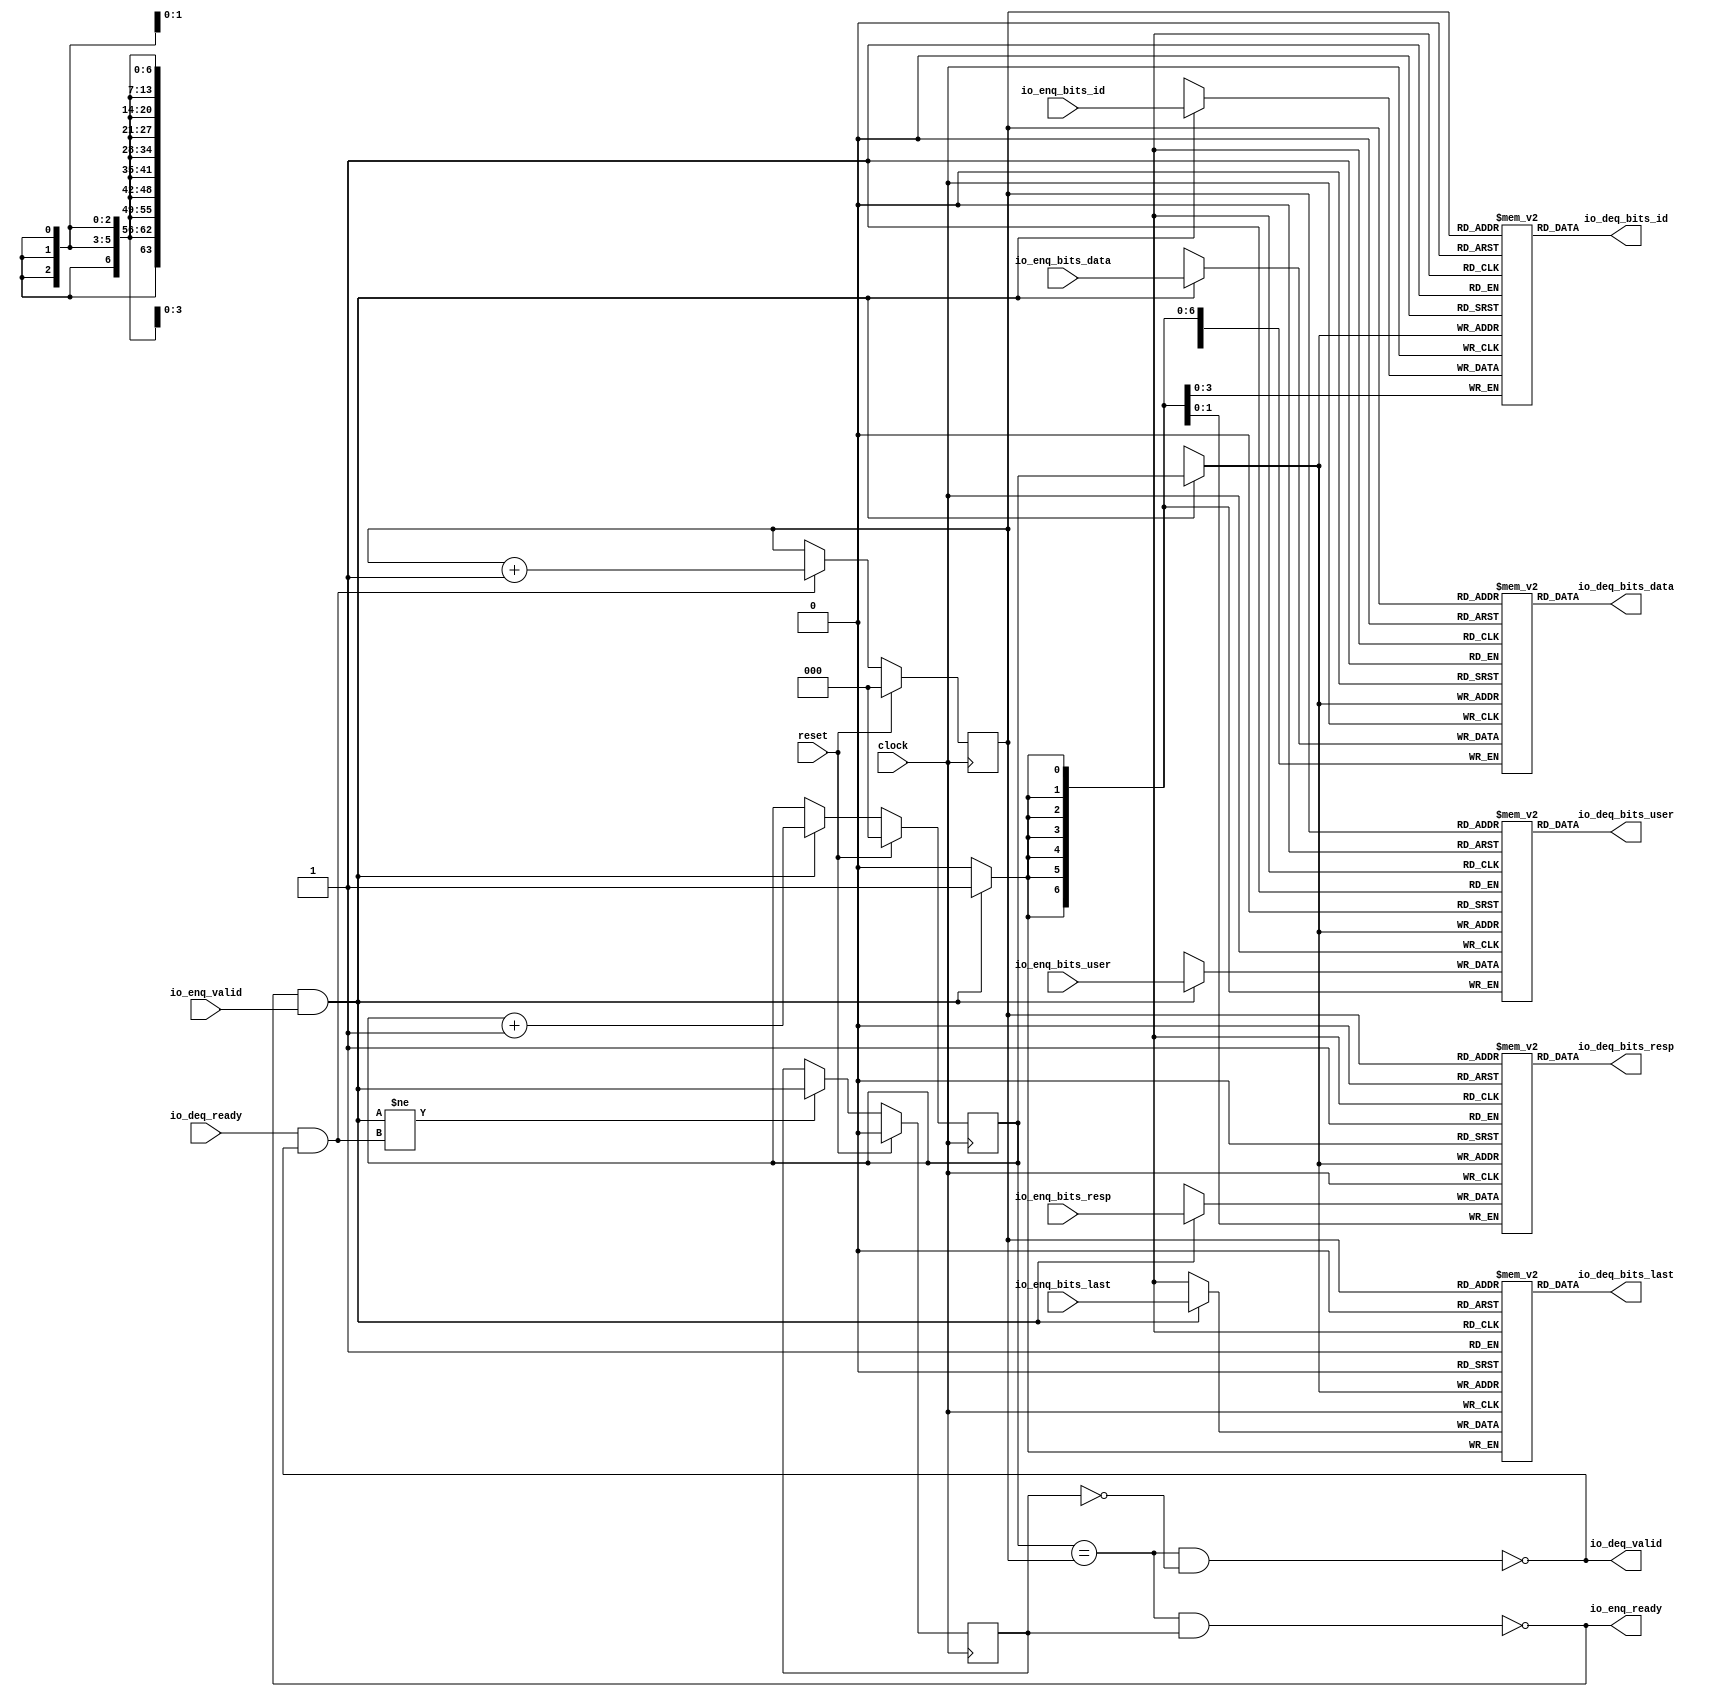
// Copyright (c) 2017, Microsemi Corporation
// All rights reserved.
//
// Redistribution and use in source and binary forms, with or without
// modification, are permitted provided that the following conditions are met:
//     * Redistributions of source code must retain the above copyright
//       notice, this list of conditions and the following disclaimer.
//     * Redistributions in binary form must reproduce the above copyright
//       notice, this list of conditions and the following disclaimer in the
//       documentation and/or other materials provided with the distribution.
//     * Neither the name of the <organization> nor the
//       names of its contributors may be used to endorse or promote products
//       derived from this software without specific prior written permission.
//
// THIS SOFTWARE IS PROVIDED BY THE COPYRIGHT HOLDERS AND CONTRIBUTORS "AS IS" AND
// ANY EXPRESS OR IMPLIED WARRANTIES, INCLUDING, BUT NOT LIMITED TO, THE IMPLIED
// WARRANTIES OF MERCHANTABILITY AND FITNESS FOR A PARTICULAR PURPOSE ARE
// DISCLAIMED. IN NO EVENT SHALL MICROSEMI CORPORATIONM BE LIABLE FOR ANY
// DIRECT, INDIRECT, INCIDENTAL, SPECIAL, EXEMPLARY, OR CONSEQUENTIAL DAMAGES
// (INCLUDING, BUT NOT LIMITED TO, PROCUREMENT OF SUBSTITUTE GOODS OR SERVICES;
// LOSS OF USE, DATA, OR PROFITS; OR BUSINESS INTERRUPTION) HOWEVER CAUSED AND
// ON ANY THEORY OF LIABILITY, WHETHER IN CONTRACT, STRICT LIABILITY, OR TORT
// (INCLUDING NEGLIGENCE OR OTHERWISE) ARISING IN ANY WAY OUT OF THE USE OF THIS
// SOFTWARE, EVEN IF ADVISED OF THE POSSIBILITY OF SUCH DAMAGE.
//
// APACHE LICENSE
// Copyright (c) 2017, Microsemi Corporation 
//
// Licensed under the Apache License, Version 2.0 (the "License");
// you may not use this file except in compliance with the License.
// You may obtain a copy of the License at
//
//    http://www.apache.org/licenses/LICENSE-2.0
//
// Unless required by applicable law or agreed to in writing, software
// distributed under the License is distributed on an "AS IS" BASIS,
// WITHOUT WARRANTIES OR CONDITIONS OF ANY KIND, either express or implied.
// See the License for the specific language governing permissions and
// limitations under the License.
//
// Description:
//
// SVN Revision Information:
// SVN $Revision: $
// SVN $Date: $
//
// Resolved SARs
// SAR      Date     Who   Description
//
// Notes:
//
// ****************************************************************************/
`ifndef RANDOMIZE_REG_INIT 
	 `define RANDOMIZE_REG_INIT 
 `endif
`ifndef RANDOMIZE_MEM_INIT 
	 `define RANDOMIZE_MEM_INIT 
 `endif
`ifndef RANDOMIZE 
	 `define RANDOMIZE 
`endif

`timescale 1ns/10ps
module MiV_AXI_MiV_AXI_0_MIV_RV32IMA_L1_AXI_QUEUE_48( // @[:freechips.rocketchip.system.MivRV32ImaL1AhbConfig.fir@115396.2]
  input         clock, // @[:freechips.rocketchip.system.MivRV32ImaL1AhbConfig.fir@115397.4]
  input         reset, // @[:freechips.rocketchip.system.MivRV32ImaL1AhbConfig.fir@115398.4]
  output        io_enq_ready, // @[:freechips.rocketchip.system.MivRV32ImaL1AhbConfig.fir@115399.4]
  input         io_enq_valid, // @[:freechips.rocketchip.system.MivRV32ImaL1AhbConfig.fir@115399.4]
  input  [3:0]  io_enq_bits_id, // @[:freechips.rocketchip.system.MivRV32ImaL1AhbConfig.fir@115399.4]
  input  [63:0] io_enq_bits_data, // @[:freechips.rocketchip.system.MivRV32ImaL1AhbConfig.fir@115399.4]
  input  [1:0]  io_enq_bits_resp, // @[:freechips.rocketchip.system.MivRV32ImaL1AhbConfig.fir@115399.4]
  input  [6:0]  io_enq_bits_user, // @[:freechips.rocketchip.system.MivRV32ImaL1AhbConfig.fir@115399.4]
  input         io_enq_bits_last, // @[:freechips.rocketchip.system.MivRV32ImaL1AhbConfig.fir@115399.4]
  input         io_deq_ready, // @[:freechips.rocketchip.system.MivRV32ImaL1AhbConfig.fir@115399.4]
  output        io_deq_valid, // @[:freechips.rocketchip.system.MivRV32ImaL1AhbConfig.fir@115399.4]
  output [3:0]  io_deq_bits_id, // @[:freechips.rocketchip.system.MivRV32ImaL1AhbConfig.fir@115399.4]
  output [63:0] io_deq_bits_data, // @[:freechips.rocketchip.system.MivRV32ImaL1AhbConfig.fir@115399.4]
  output [1:0]  io_deq_bits_resp, // @[:freechips.rocketchip.system.MivRV32ImaL1AhbConfig.fir@115399.4]
  output [6:0]  io_deq_bits_user, // @[:freechips.rocketchip.system.MivRV32ImaL1AhbConfig.fir@115399.4]
  output        io_deq_bits_last // @[:freechips.rocketchip.system.MivRV32ImaL1AhbConfig.fir@115399.4]
);
  reg [3:0] ram_id [0:7]/*synthesis syn_ramstyle = "registers"*/; // @[Decoupled.scala 211:24:freechips.rocketchip.system.MivRV32ImaL1AhbConfig.fir@115404.4]
  reg [31:0] _RAND_0;
  wire [3:0] ram_id__T_50_data; // @[Decoupled.scala 211:24:freechips.rocketchip.system.MivRV32ImaL1AhbConfig.fir@115404.4]
  wire [2:0] ram_id__T_50_addr; // @[Decoupled.scala 211:24:freechips.rocketchip.system.MivRV32ImaL1AhbConfig.fir@115404.4]
  wire [3:0] ram_id__T_36_data; // @[Decoupled.scala 211:24:freechips.rocketchip.system.MivRV32ImaL1AhbConfig.fir@115404.4]
  wire [2:0] ram_id__T_36_addr; // @[Decoupled.scala 211:24:freechips.rocketchip.system.MivRV32ImaL1AhbConfig.fir@115404.4]
  wire  ram_id__T_36_mask; // @[Decoupled.scala 211:24:freechips.rocketchip.system.MivRV32ImaL1AhbConfig.fir@115404.4]
  wire  ram_id__T_36_en; // @[Decoupled.scala 211:24:freechips.rocketchip.system.MivRV32ImaL1AhbConfig.fir@115404.4]
  reg [63:0] ram_data [0:7]/*synthesis syn_ramstyle = "registers"*/; // @[Decoupled.scala 211:24:freechips.rocketchip.system.MivRV32ImaL1AhbConfig.fir@115404.4]
  reg [63:0] _RAND_1;
  wire [63:0] ram_data__T_50_data; // @[Decoupled.scala 211:24:freechips.rocketchip.system.MivRV32ImaL1AhbConfig.fir@115404.4]
  wire [2:0] ram_data__T_50_addr; // @[Decoupled.scala 211:24:freechips.rocketchip.system.MivRV32ImaL1AhbConfig.fir@115404.4]
  wire [63:0] ram_data__T_36_data; // @[Decoupled.scala 211:24:freechips.rocketchip.system.MivRV32ImaL1AhbConfig.fir@115404.4]
  wire [2:0] ram_data__T_36_addr; // @[Decoupled.scala 211:24:freechips.rocketchip.system.MivRV32ImaL1AhbConfig.fir@115404.4]
  wire  ram_data__T_36_mask; // @[Decoupled.scala 211:24:freechips.rocketchip.system.MivRV32ImaL1AhbConfig.fir@115404.4]
  wire  ram_data__T_36_en; // @[Decoupled.scala 211:24:freechips.rocketchip.system.MivRV32ImaL1AhbConfig.fir@115404.4]
  reg [1:0] ram_resp [0:7]/*synthesis syn_ramstyle = "registers"*/; // @[Decoupled.scala 211:24:freechips.rocketchip.system.MivRV32ImaL1AhbConfig.fir@115404.4]
  reg [31:0] _RAND_2;
  wire [1:0] ram_resp__T_50_data; // @[Decoupled.scala 211:24:freechips.rocketchip.system.MivRV32ImaL1AhbConfig.fir@115404.4]
  wire [2:0] ram_resp__T_50_addr; // @[Decoupled.scala 211:24:freechips.rocketchip.system.MivRV32ImaL1AhbConfig.fir@115404.4]
  wire [1:0] ram_resp__T_36_data; // @[Decoupled.scala 211:24:freechips.rocketchip.system.MivRV32ImaL1AhbConfig.fir@115404.4]
  wire [2:0] ram_resp__T_36_addr; // @[Decoupled.scala 211:24:freechips.rocketchip.system.MivRV32ImaL1AhbConfig.fir@115404.4]
  wire  ram_resp__T_36_mask; // @[Decoupled.scala 211:24:freechips.rocketchip.system.MivRV32ImaL1AhbConfig.fir@115404.4]
  wire  ram_resp__T_36_en; // @[Decoupled.scala 211:24:freechips.rocketchip.system.MivRV32ImaL1AhbConfig.fir@115404.4]
  reg [6:0] ram_user [0:7]/*synthesis syn_ramstyle = "registers"*/; // @[Decoupled.scala 211:24:freechips.rocketchip.system.MivRV32ImaL1AhbConfig.fir@115404.4]
  reg [31:0] _RAND_3;
  wire [6:0] ram_user__T_50_data; // @[Decoupled.scala 211:24:freechips.rocketchip.system.MivRV32ImaL1AhbConfig.fir@115404.4]
  wire [2:0] ram_user__T_50_addr; // @[Decoupled.scala 211:24:freechips.rocketchip.system.MivRV32ImaL1AhbConfig.fir@115404.4]
  wire [6:0] ram_user__T_36_data; // @[Decoupled.scala 211:24:freechips.rocketchip.system.MivRV32ImaL1AhbConfig.fir@115404.4]
  wire [2:0] ram_user__T_36_addr; // @[Decoupled.scala 211:24:freechips.rocketchip.system.MivRV32ImaL1AhbConfig.fir@115404.4]
  wire  ram_user__T_36_mask; // @[Decoupled.scala 211:24:freechips.rocketchip.system.MivRV32ImaL1AhbConfig.fir@115404.4]
  wire  ram_user__T_36_en; // @[Decoupled.scala 211:24:freechips.rocketchip.system.MivRV32ImaL1AhbConfig.fir@115404.4]
  reg  ram_last [0:7]; // @[Decoupled.scala 211:24:freechips.rocketchip.system.MivRV32ImaL1AhbConfig.fir@115404.4]
  reg [31:0] _RAND_4;
  wire  ram_last__T_50_data; // @[Decoupled.scala 211:24:freechips.rocketchip.system.MivRV32ImaL1AhbConfig.fir@115404.4]
  wire [2:0] ram_last__T_50_addr; // @[Decoupled.scala 211:24:freechips.rocketchip.system.MivRV32ImaL1AhbConfig.fir@115404.4]
  wire  ram_last__T_36_data; // @[Decoupled.scala 211:24:freechips.rocketchip.system.MivRV32ImaL1AhbConfig.fir@115404.4]
  wire [2:0] ram_last__T_36_addr; // @[Decoupled.scala 211:24:freechips.rocketchip.system.MivRV32ImaL1AhbConfig.fir@115404.4]
  wire  ram_last__T_36_mask; // @[Decoupled.scala 211:24:freechips.rocketchip.system.MivRV32ImaL1AhbConfig.fir@115404.4]
  wire  ram_last__T_36_en; // @[Decoupled.scala 211:24:freechips.rocketchip.system.MivRV32ImaL1AhbConfig.fir@115404.4]
  reg [2:0] value; // @[Counter.scala 26:33:freechips.rocketchip.system.MivRV32ImaL1AhbConfig.fir@115405.4]
  reg [31:0] _RAND_5;
  reg [2:0] value_1; // @[Counter.scala 26:33:freechips.rocketchip.system.MivRV32ImaL1AhbConfig.fir@115406.4]
  reg [31:0] _RAND_6;
  reg  maybe_full; // @[Decoupled.scala 214:35:freechips.rocketchip.system.MivRV32ImaL1AhbConfig.fir@115407.4]
  reg [31:0] _RAND_7;
  wire  _T_28; // @[Decoupled.scala 216:41:freechips.rocketchip.system.MivRV32ImaL1AhbConfig.fir@115408.4]
  wire  _T_30; // @[Decoupled.scala 217:36:freechips.rocketchip.system.MivRV32ImaL1AhbConfig.fir@115409.4]
  wire  empty; // @[Decoupled.scala 217:33:freechips.rocketchip.system.MivRV32ImaL1AhbConfig.fir@115410.4]
  wire  _T_31; // @[Decoupled.scala 218:32:freechips.rocketchip.system.MivRV32ImaL1AhbConfig.fir@115411.4]
  wire  do_enq; // @[Decoupled.scala 30:37:freechips.rocketchip.system.MivRV32ImaL1AhbConfig.fir@115412.4]
  wire  do_deq; // @[Decoupled.scala 30:37:freechips.rocketchip.system.MivRV32ImaL1AhbConfig.fir@115416.4]
  wire [3:0] _T_39; // @[Counter.scala 35:22:freechips.rocketchip.system.MivRV32ImaL1AhbConfig.fir@115424.6]
  wire [2:0] _T_40; // @[Counter.scala 35:22:freechips.rocketchip.system.MivRV32ImaL1AhbConfig.fir@115425.6]
  wire [2:0] _GEN_8; // @[Decoupled.scala 222:17:freechips.rocketchip.system.MivRV32ImaL1AhbConfig.fir@115420.4]
  wire [3:0] _T_43; // @[Counter.scala 35:22:freechips.rocketchip.system.MivRV32ImaL1AhbConfig.fir@115430.6]
  wire [2:0] _T_44; // @[Counter.scala 35:22:freechips.rocketchip.system.MivRV32ImaL1AhbConfig.fir@115431.6]
  wire [2:0] _GEN_9; // @[Decoupled.scala 226:17:freechips.rocketchip.system.MivRV32ImaL1AhbConfig.fir@115428.4]
  wire  _T_45; // @[Decoupled.scala 229:16:freechips.rocketchip.system.MivRV32ImaL1AhbConfig.fir@115434.4]
  wire  _GEN_10; // @[Decoupled.scala 229:27:freechips.rocketchip.system.MivRV32ImaL1AhbConfig.fir@115435.4]
  wire  _T_47; // @[Decoupled.scala 233:19:freechips.rocketchip.system.MivRV32ImaL1AhbConfig.fir@115438.4]
  wire  _T_49; // @[Decoupled.scala 234:19:freechips.rocketchip.system.MivRV32ImaL1AhbConfig.fir@115440.4]
  assign ram_id__T_50_addr = value_1;
  assign ram_id__T_50_data = ram_id[ram_id__T_50_addr]; // @[Decoupled.scala 211:24:freechips.rocketchip.system.MivRV32ImaL1AhbConfig.fir@115404.4]
  assign ram_id__T_36_data = io_enq_bits_id;
  assign ram_id__T_36_addr = value;
  assign ram_id__T_36_mask = do_enq;
  assign ram_id__T_36_en = do_enq;
  assign ram_data__T_50_addr = value_1;
  assign ram_data__T_50_data = ram_data[ram_data__T_50_addr]; // @[Decoupled.scala 211:24:freechips.rocketchip.system.MivRV32ImaL1AhbConfig.fir@115404.4]
  assign ram_data__T_36_data = io_enq_bits_data;
  assign ram_data__T_36_addr = value;
  assign ram_data__T_36_mask = do_enq;
  assign ram_data__T_36_en = do_enq;
  assign ram_resp__T_50_addr = value_1;
  assign ram_resp__T_50_data = ram_resp[ram_resp__T_50_addr]; // @[Decoupled.scala 211:24:freechips.rocketchip.system.MivRV32ImaL1AhbConfig.fir@115404.4]
  assign ram_resp__T_36_data = io_enq_bits_resp;
  assign ram_resp__T_36_addr = value;
  assign ram_resp__T_36_mask = do_enq;
  assign ram_resp__T_36_en = do_enq;
  assign ram_user__T_50_addr = value_1;
  assign ram_user__T_50_data = ram_user[ram_user__T_50_addr]; // @[Decoupled.scala 211:24:freechips.rocketchip.system.MivRV32ImaL1AhbConfig.fir@115404.4]
  assign ram_user__T_36_data = io_enq_bits_user;
  assign ram_user__T_36_addr = value;
  assign ram_user__T_36_mask = do_enq;
  assign ram_user__T_36_en = do_enq;
  assign ram_last__T_50_addr = value_1;
  assign ram_last__T_50_data = ram_last[ram_last__T_50_addr]; // @[Decoupled.scala 211:24:freechips.rocketchip.system.MivRV32ImaL1AhbConfig.fir@115404.4]
  assign ram_last__T_36_data = io_enq_bits_last;
  assign ram_last__T_36_addr = value;
  assign ram_last__T_36_mask = do_enq;
  assign ram_last__T_36_en = do_enq;
  assign _T_28 = value == value_1; // @[Decoupled.scala 216:41:freechips.rocketchip.system.MivRV32ImaL1AhbConfig.fir@115408.4]
  assign _T_30 = maybe_full == 1'h0; // @[Decoupled.scala 217:36:freechips.rocketchip.system.MivRV32ImaL1AhbConfig.fir@115409.4]
  assign empty = _T_28 & _T_30; // @[Decoupled.scala 217:33:freechips.rocketchip.system.MivRV32ImaL1AhbConfig.fir@115410.4]
  assign _T_31 = _T_28 & maybe_full; // @[Decoupled.scala 218:32:freechips.rocketchip.system.MivRV32ImaL1AhbConfig.fir@115411.4]
  assign do_enq = io_enq_ready & io_enq_valid; // @[Decoupled.scala 30:37:freechips.rocketchip.system.MivRV32ImaL1AhbConfig.fir@115412.4]
  assign do_deq = io_deq_ready & io_deq_valid; // @[Decoupled.scala 30:37:freechips.rocketchip.system.MivRV32ImaL1AhbConfig.fir@115416.4]
  assign _T_39 = value + 3'h1; // @[Counter.scala 35:22:freechips.rocketchip.system.MivRV32ImaL1AhbConfig.fir@115424.6]
  assign _T_40 = _T_39[2:0]; // @[Counter.scala 35:22:freechips.rocketchip.system.MivRV32ImaL1AhbConfig.fir@115425.6]
  assign _GEN_8 = do_enq ? _T_40 : value; // @[Decoupled.scala 222:17:freechips.rocketchip.system.MivRV32ImaL1AhbConfig.fir@115420.4]
  assign _T_43 = value_1 + 3'h1; // @[Counter.scala 35:22:freechips.rocketchip.system.MivRV32ImaL1AhbConfig.fir@115430.6]
  assign _T_44 = _T_43[2:0]; // @[Counter.scala 35:22:freechips.rocketchip.system.MivRV32ImaL1AhbConfig.fir@115431.6]
  assign _GEN_9 = do_deq ? _T_44 : value_1; // @[Decoupled.scala 226:17:freechips.rocketchip.system.MivRV32ImaL1AhbConfig.fir@115428.4]
  assign _T_45 = do_enq != do_deq; // @[Decoupled.scala 229:16:freechips.rocketchip.system.MivRV32ImaL1AhbConfig.fir@115434.4]
  assign _GEN_10 = _T_45 ? do_enq : maybe_full; // @[Decoupled.scala 229:27:freechips.rocketchip.system.MivRV32ImaL1AhbConfig.fir@115435.4]
  assign _T_47 = empty == 1'h0; // @[Decoupled.scala 233:19:freechips.rocketchip.system.MivRV32ImaL1AhbConfig.fir@115438.4]
  assign _T_49 = _T_31 == 1'h0; // @[Decoupled.scala 234:19:freechips.rocketchip.system.MivRV32ImaL1AhbConfig.fir@115440.4]
  assign io_enq_ready = _T_49;
  assign io_deq_valid = _T_47;
  assign io_deq_bits_id = ram_id__T_50_data;
  assign io_deq_bits_data = ram_data__T_50_data;
  assign io_deq_bits_resp = ram_resp__T_50_data;
  assign io_deq_bits_user = ram_user__T_50_data;
  assign io_deq_bits_last = ram_last__T_50_data;
`ifdef RANDOMIZE
  integer initvar;
  initial begin
    `ifndef verilator
      #0.002 begin end
    `endif
  _RAND_0 = {1{32'b0}};
  `ifdef RANDOMIZE_MEM_INIT
  for (initvar = 0; initvar < 8; initvar = initvar+1)
    ram_id[initvar] = _RAND_0[3:0];
  `endif // RANDOMIZE_MEM_INIT
  _RAND_1 = {2{32'b0}};
  `ifdef RANDOMIZE_MEM_INIT
  for (initvar = 0; initvar < 8; initvar = initvar+1)
    ram_data[initvar] = _RAND_1[63:0];
  `endif // RANDOMIZE_MEM_INIT
  _RAND_2 = {1{32'b0}};
  `ifdef RANDOMIZE_MEM_INIT
  for (initvar = 0; initvar < 8; initvar = initvar+1)
    ram_resp[initvar] = _RAND_2[1:0];
  `endif // RANDOMIZE_MEM_INIT
  _RAND_3 = {1{32'b0}};
  `ifdef RANDOMIZE_MEM_INIT
  for (initvar = 0; initvar < 8; initvar = initvar+1)
    ram_user[initvar] = _RAND_3[6:0];
  `endif // RANDOMIZE_MEM_INIT
  _RAND_4 = {1{32'b0}};
  `ifdef RANDOMIZE_MEM_INIT
  for (initvar = 0; initvar < 8; initvar = initvar+1)
    ram_last[initvar] = _RAND_4[0:0];
  `endif // RANDOMIZE_MEM_INIT
  `ifdef RANDOMIZE_REG_INIT
  _RAND_5 = {1{32'b0}};
  value = _RAND_5[2:0];
  `endif // RANDOMIZE_REG_INIT
  `ifdef RANDOMIZE_REG_INIT
  _RAND_6 = {1{32'b0}};
  value_1 = _RAND_6[2:0];
  `endif // RANDOMIZE_REG_INIT
  `ifdef RANDOMIZE_REG_INIT
  _RAND_7 = {1{32'b0}};
  maybe_full = _RAND_7[0:0];
  `endif // RANDOMIZE_REG_INIT
  end
`endif // RANDOMIZE
  always @(posedge clock) begin
    if(ram_id__T_36_en & ram_id__T_36_mask) begin
      ram_id[ram_id__T_36_addr] <= ram_id__T_36_data; // @[Decoupled.scala 211:24:freechips.rocketchip.system.MivRV32ImaL1AhbConfig.fir@115404.4]
    end
    if(ram_data__T_36_en & ram_data__T_36_mask) begin
      ram_data[ram_data__T_36_addr] <= ram_data__T_36_data; // @[Decoupled.scala 211:24:freechips.rocketchip.system.MivRV32ImaL1AhbConfig.fir@115404.4]
    end
    if(ram_resp__T_36_en & ram_resp__T_36_mask) begin
      ram_resp[ram_resp__T_36_addr] <= ram_resp__T_36_data; // @[Decoupled.scala 211:24:freechips.rocketchip.system.MivRV32ImaL1AhbConfig.fir@115404.4]
    end
    if(ram_user__T_36_en & ram_user__T_36_mask) begin
      ram_user[ram_user__T_36_addr] <= ram_user__T_36_data; // @[Decoupled.scala 211:24:freechips.rocketchip.system.MivRV32ImaL1AhbConfig.fir@115404.4]
    end
    if(ram_last__T_36_en & ram_last__T_36_mask) begin
      ram_last[ram_last__T_36_addr] <= ram_last__T_36_data; // @[Decoupled.scala 211:24:freechips.rocketchip.system.MivRV32ImaL1AhbConfig.fir@115404.4]
    end
    if (reset) begin
      value <= 3'h0;
    end else begin
      if (do_enq) begin
        value <= _T_40;
      end
    end
    if (reset) begin
      value_1 <= 3'h0;
    end else begin
      if (do_deq) begin
        value_1 <= _T_44;
      end
    end
    if (reset) begin
      maybe_full <= 1'h0;
    end else begin
      if (_T_45) begin
        maybe_full <= do_enq;
      end
    end
  end
endmodule